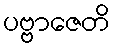
ပဗ္ဗာဇေတိ